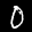
Label: 0